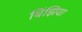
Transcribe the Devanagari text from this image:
बिंझिया